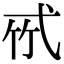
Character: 𢎉